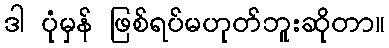
ဒါ ပုံမှန် ဖြစ်ရပ်မဟုတ်ဘူးဆိုတာ။